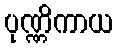
ပုဏ္ဏိကာယ